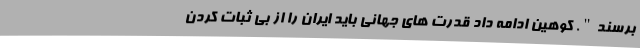
برسند". کوهین ادامه داد قدرت های جهانی باید ایران را از بی ثبات کردن